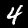
Label: 4